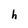
Character: h